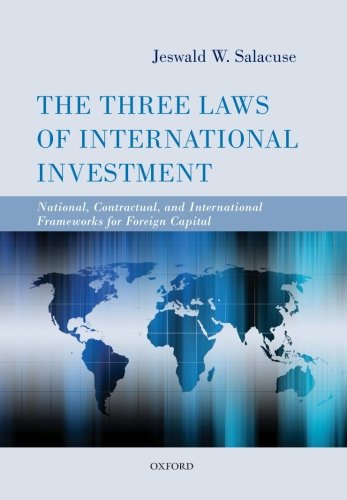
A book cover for The Three Laws of International Investment: National, Contractual, and International Frameworks for Foreign Capital; Jeswald W. Salacuse; Law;